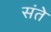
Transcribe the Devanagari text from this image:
संते